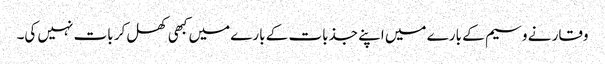
وقار نے وسیم کے بارے میں اپنے جذبات کے بارے میں کبھی کھل کر بات نہیں کی۔